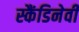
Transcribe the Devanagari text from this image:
स्कैंडिनेवी